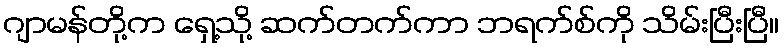
ဂျာမန်တို့က ရှေ့သို့ ဆက်တက်ကာ ဘရက်စ်ကို သိမ်းပြီးပြီ။